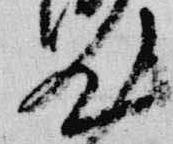
汰